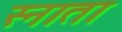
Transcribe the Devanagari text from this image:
स्नाता